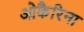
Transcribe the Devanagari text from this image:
ओकैरिना